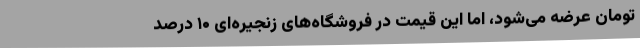
تومان عرضه می‌شود، اما این قیمت در فروشگاه‌های زنجیره‌ای ۱۰ درصد